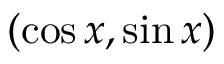
( \cos x , \sin x )